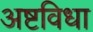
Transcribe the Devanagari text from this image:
अष्टविधा